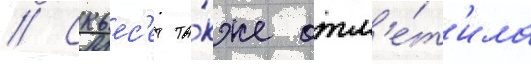
// Скьес'ет та́кже отм'е́т'ила